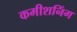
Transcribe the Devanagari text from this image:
कमीशनिंग